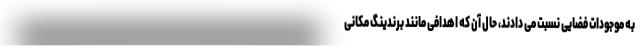
به موجودات فضایی نسبت می دادند، حال آن که اهدافی مانند برندینگ مکانی